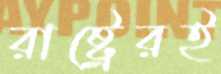
রাষ্ট্রেরই